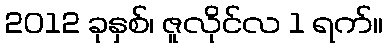
2012 ခုနှစ်၊ ဇူလိုင်လ 1 ရက်။